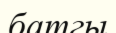
батгы